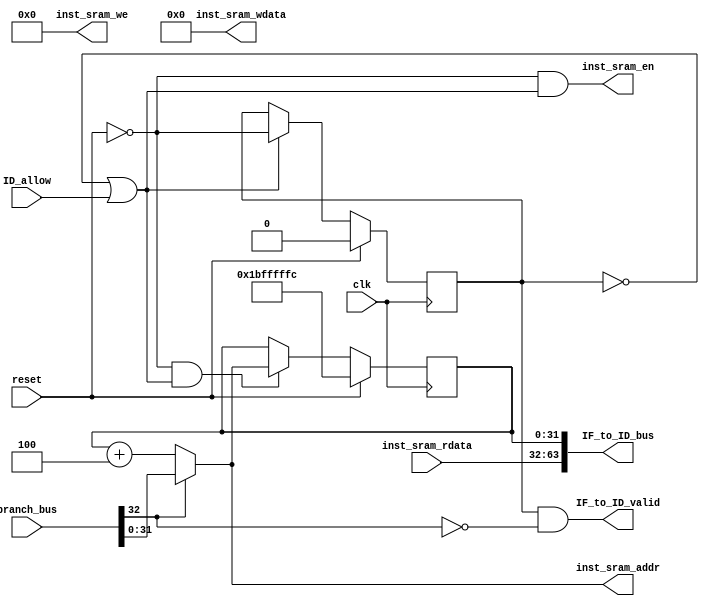
module IF_stage(
    input wire clk,
    input wire reset,
    input wire ID_allow,
    input wire [32:0] branch_bus,
    input wire [31:0] inst_sram_rdata,
    
    output wire IF_to_ID_valid,
    output wire [63:0] IF_to_ID_bus,
    output wire        inst_sram_en,
    output wire [3:0]  inst_sram_we,
    output wire [31:0] inst_sram_addr,
    output wire [31:0] inst_sram_wdata
);

    wire [31:0] pc_4;
    wire [31:0] branch_pc;
    wire [31:0] next_pc;
    wire branch_valid;

    wire [31:0] IF_inst;
    reg [31:0] IF_pc;

    reg IF_valid;
    wire IF_go;
    wire IF_allow;
    wire preIF_to_IF_valid;

//pre-IF
    assign preIF_to_IF_valid = ~reset;
    assign pc_4 = IF_pc + 3'd4;
    assign next_pc = branch_valid ? branch_pc : pc_4;

//IF
    assign IF_go = 1'd1;
    assign IF_allow = ~IF_valid || IF_go && ID_allow;
    assign IF_to_ID_valid = IF_valid && IF_go && ~branch_valid;
    always @(posedge clk) begin
        if(reset) begin
            IF_valid <= 1'd0;
        end else if(IF_allow) begin
            IF_valid <= preIF_to_IF_valid;
        end
        if(reset) begin
            IF_pc <= 32'h1bfffffc;
        end else if(preIF_to_IF_valid && IF_allow) begin
            IF_pc <= next_pc;
        end
    end
    assign IF_inst = inst_sram_rdata;
    assign {branch_valid,branch_pc} = branch_bus;
    assign IF_to_ID_bus = {IF_inst,IF_pc};
    
    assign inst_sram_en = preIF_to_IF_valid & IF_allow;
    assign inst_sram_we = 4'd0;
    assign inst_sram_addr = next_pc;
    assign inst_sram_wdata = 32'd0;
endmodule